Civil Veterinary Dept. Bombay admin report 1900-1906 - 1900-1906
Year: 1900
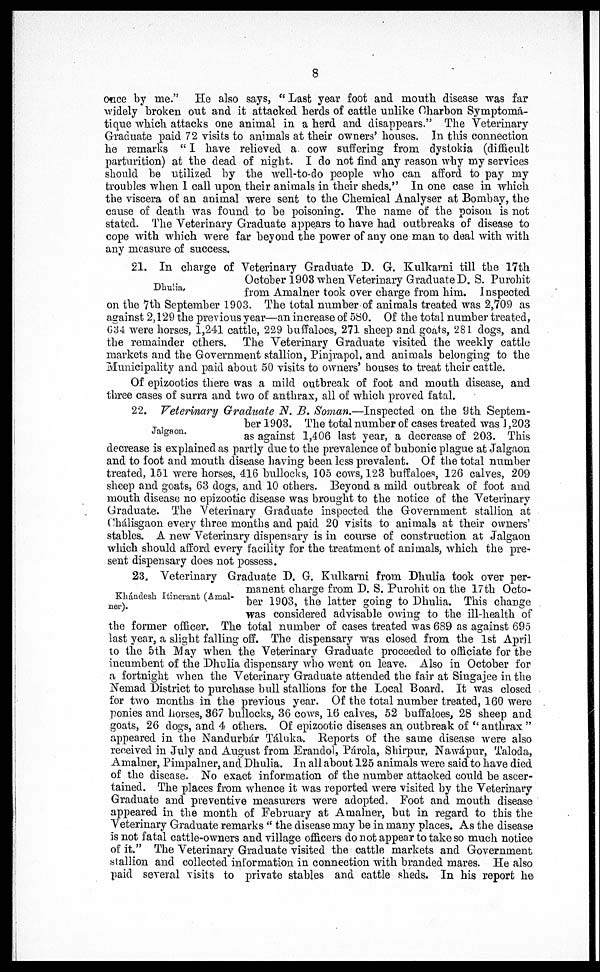
8
otice by me." He also says, "Last year foot and mouth disease was far
widely broken out and it attacked herds of cattle unlike Charbon Symptoma-
tique which attacks one animal in a herd and disappears." The Veterinary
Graduate paid 72 visits to animals at their owners' houses. In this connection
he remarks "I have relieved a cow suffering from dystokia (difficult
parturition) at the dead of night. I do not find any reason why my services
should be utilized by the well-to-do people who can afford to pay my
troubles when 1 call upon their animals in their sheds." In one case in which
the viscera of an animal were sent to the Chemical Analyser at Bombay, the
cause of death was found to be poisoning. The name of the poison is not
stated. The Veterinary Graduate appears to have had outbreaks of disease to
cope with which were far beyond the power of any one man to deal with with
any measure of success.
Dhulia.
21. In charge of Veterinary Graduate D. G. Kulkarni till the 17th
October 1903 when Veterinary Graduate D. S. Purohit
from Amalner took over charge from him. Inspected
on the 7th September 1903. The total number of animals treated was 2,709 as
against 2,129 the previous year—an increase of 580. Of the total number treated,
634 were horses, 1,241 cattle, 229 buffaloes, 271 sheep and goats, 281 dogs, and
the remainder others. The Veterinary Graduate visited the weekly cattle
markets and the Government stallion, Pinjrapol, and animals belonging to the
Municipality and paid about 50 visits to owners' houses to treat their cattle.
Of epizootics there was a mild outbreak of foot and mouth disease, and
three cases of surra and two of anthrax, all of which proved fatal.
Jalgaon.
22. Veterinary Graduate N. B. Soman.—Inspected on the 9th Septem-
ber 1903. The total number of cases treated was 1,203
as against 1,406 last year, a decrease of 203. This
decrease is explained as partly due to the prevalence of bubonic plague at Jalgaon
and to foot and mouth disease having been less prevalent. Of the total number
treated, 151 were horses, 416 bullocks, 105 cows, 123 buffaloes, 126 calves, 209
sheep and goats, 63 dogs, and 10 others. Beyond a mild outbreak of foot and
mouth disease no epizootic disease was brought to the notice of the Veterinary
Graduate. The Veterinary Graduate inspected the Government stallion at
Chálisgaon every three months and paid 20 visits to animals at their owners'
stables. A new Veterinary dispensary is in course of construction at Jalgaon
which should afford every facility for the treatment of animals, which the pre-
sent dispensary does not possess.
Khándesh Itinerant (Amal-
ner).
23. Veterinary Graduate D. G. Kulkarni from Dhulia took over per-
manent charge from D. S. Purohit on the 17th Octo-
ber 1903, the latter going to Dhulia. This change
was considered advisable owing to the ill-health of
the former officer. The total number of cases treated was 689 as against 695
last year, a slight falling off. The dispensary was closed from the 1st April
to the 5th May when the Veterinary Graduate proceeded to officiate for the
incumbent of the Dhulia dispensary who went on leave. Also in October for
a fortnight when the Veterinary Graduate attended the fair at Singajee in the
Nemad District to purchase bull stallions for the Local Board. It was closed
for two months in the previous year. Of the total number treated, 160 were
ponies and horses, 367 bullocks, 36 cows, 16 calves, 52 buffaloes, 28 sheep and
goats, 26 dogs, and 4 others. Of epizootic diseases an outbreak of "anthrax"
appeared in the Nandurbár Táluka. Reports of the same disease were also
received in July and August from Erandol, Párola, Shirpur, Nawápur, Taloda,
Amalner, Pimpalner, and Dhulia. In all about 125 animals were said to have died
of the disease. No exact information of the number attacked could be ascer-
tained. The places from whence it was reported were visited by the Veterinary
Graduate and preventive measurers were adopted. Foot and mouth disease
appeared in the month of February at Amalner, but in regard to this the
Veterinary Graduate remarks "the disease may be in many places. As the disease
is not fatal cattle-owners and village officers do not appear to take so much notice
of it." The Veterinary Graduate visited the cattle markets and Government
stallion and collected information in connection with branded mares. He also
paid several visits to private stables and cattle sheds. In his report he